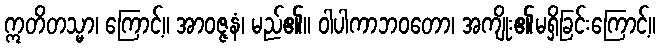
ဣတိတသ္မာ၊ ကြောင့်။ အာဝဇ္ဇနံ၊ မည်၏။ ဝါပါကာဘဝတော၊ အကျိုး၏မရှိခြင်းကြောင့်။